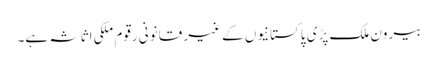
بیرون ملک پڑی پاکستانیوں کے غیر قانونی رقوم ملکی اثاثہ ہے۔